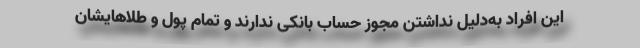
این افراد به‌دلیل نداشتن مجوز حساب بانکی ندارند و تمام پول و طلاهایشان